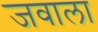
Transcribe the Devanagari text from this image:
जवाला